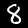
Digit: 8